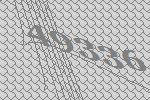
49336